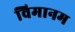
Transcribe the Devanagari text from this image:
विमानम